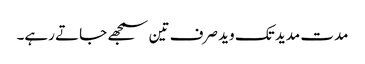
مدت مدید تک وید صرف تین سمجھے جاتے رہے۔